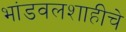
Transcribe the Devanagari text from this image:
भांडवलशाहीचे